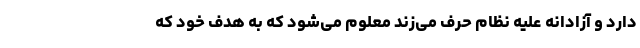
دارد و آزادانه علیه نظام حرف می‌زند معلوم می‌شود که به هدف خود که